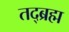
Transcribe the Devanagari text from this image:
तद्ब्रह्म